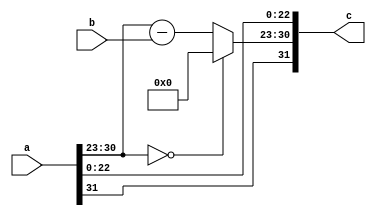
`timescale 1ns / 1ps
//tested - 1bug fixed
module RightShift#(parameter M = 23, E = 8, I = 8)(a, b, c);
input [M+E:0]a;                //I refer to maximum no. of iterations, cordic has to perform
input [$clog2(I)-1:0] b;       //amount of right shift
output [M+E:0]c;
assign c[0+:M] = a[0+:M];      //mantissa
assign c[M+:E] = (a[M+:E] == 0)? 0 : a[M+:E] - b;  //exponent
assign c[M+E] = a[M+E];        //sign
endmodule